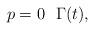
LaTeX: \begin{align*} p = 0 \ \ \Gamma (t ),\end{align*}